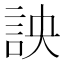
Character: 詇